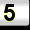
Digit: 5